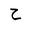
Letter: _ha